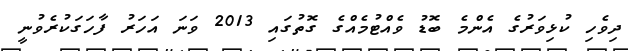
ދިވެހި ކުޅިވަރުގެ އެންމެ ބޮޑު ވެއްޓުމެއްގެ ގޮތުގައި 2013 ވަނަ އަހަރު ފާހަގަކުރެވުނީ